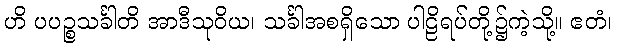
ဟိ ပပဉ္စသင်္ခါတိ အာဒီသုဝိယ၊ သင်္ခါအစရှိသော ပါဠိရပ်တို့၌ကဲ့သို့။ ဧတံ၊